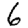
Digit: 6